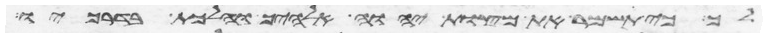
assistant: לך כי תשמר את מצות יהוה אלהיך והלכת בדרכיו